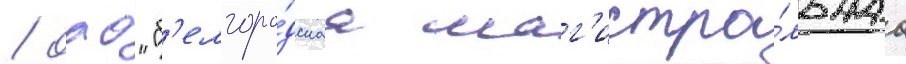
/ оао "б'елгоро́дскаа маг'истра́льнаа